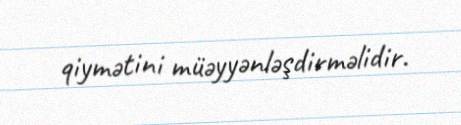
qiymətini müəyyənləşdirməlidir.